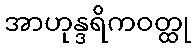
အာဟုန္ဒရိကဝတ္ထု